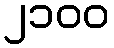
၂၁၀၀